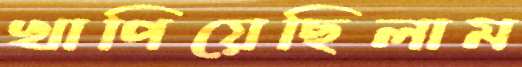
খাপিয়েছিলাম